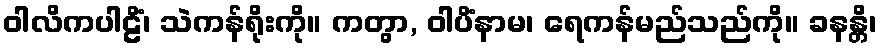
ဝါလိကပါဠိံ၊ သဲကန်ရိုးကို။ ကတွာ, ဝါပိံနာမ၊ ရေကန်မည်သည်ကို။ ခနန္တိ၊